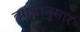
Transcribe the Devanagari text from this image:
व्यासानुसार